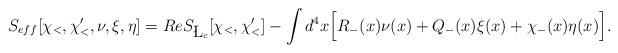
LaTeX: \begin{align*}S_{eff}[\chi_<,\chi_<', \nu, \xi, \eta]= Re S_{\L_c}[\chi_<,\chi_<']- \int d^4x\Big[R_-(x) \nu (x) + Q_-(x) \xi(x) + \chi_-(x)\eta(x)\Big].\end{align*}